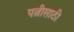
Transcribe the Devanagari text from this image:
पत्नीसाठी